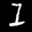
Label: 1